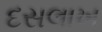
દસલાખ